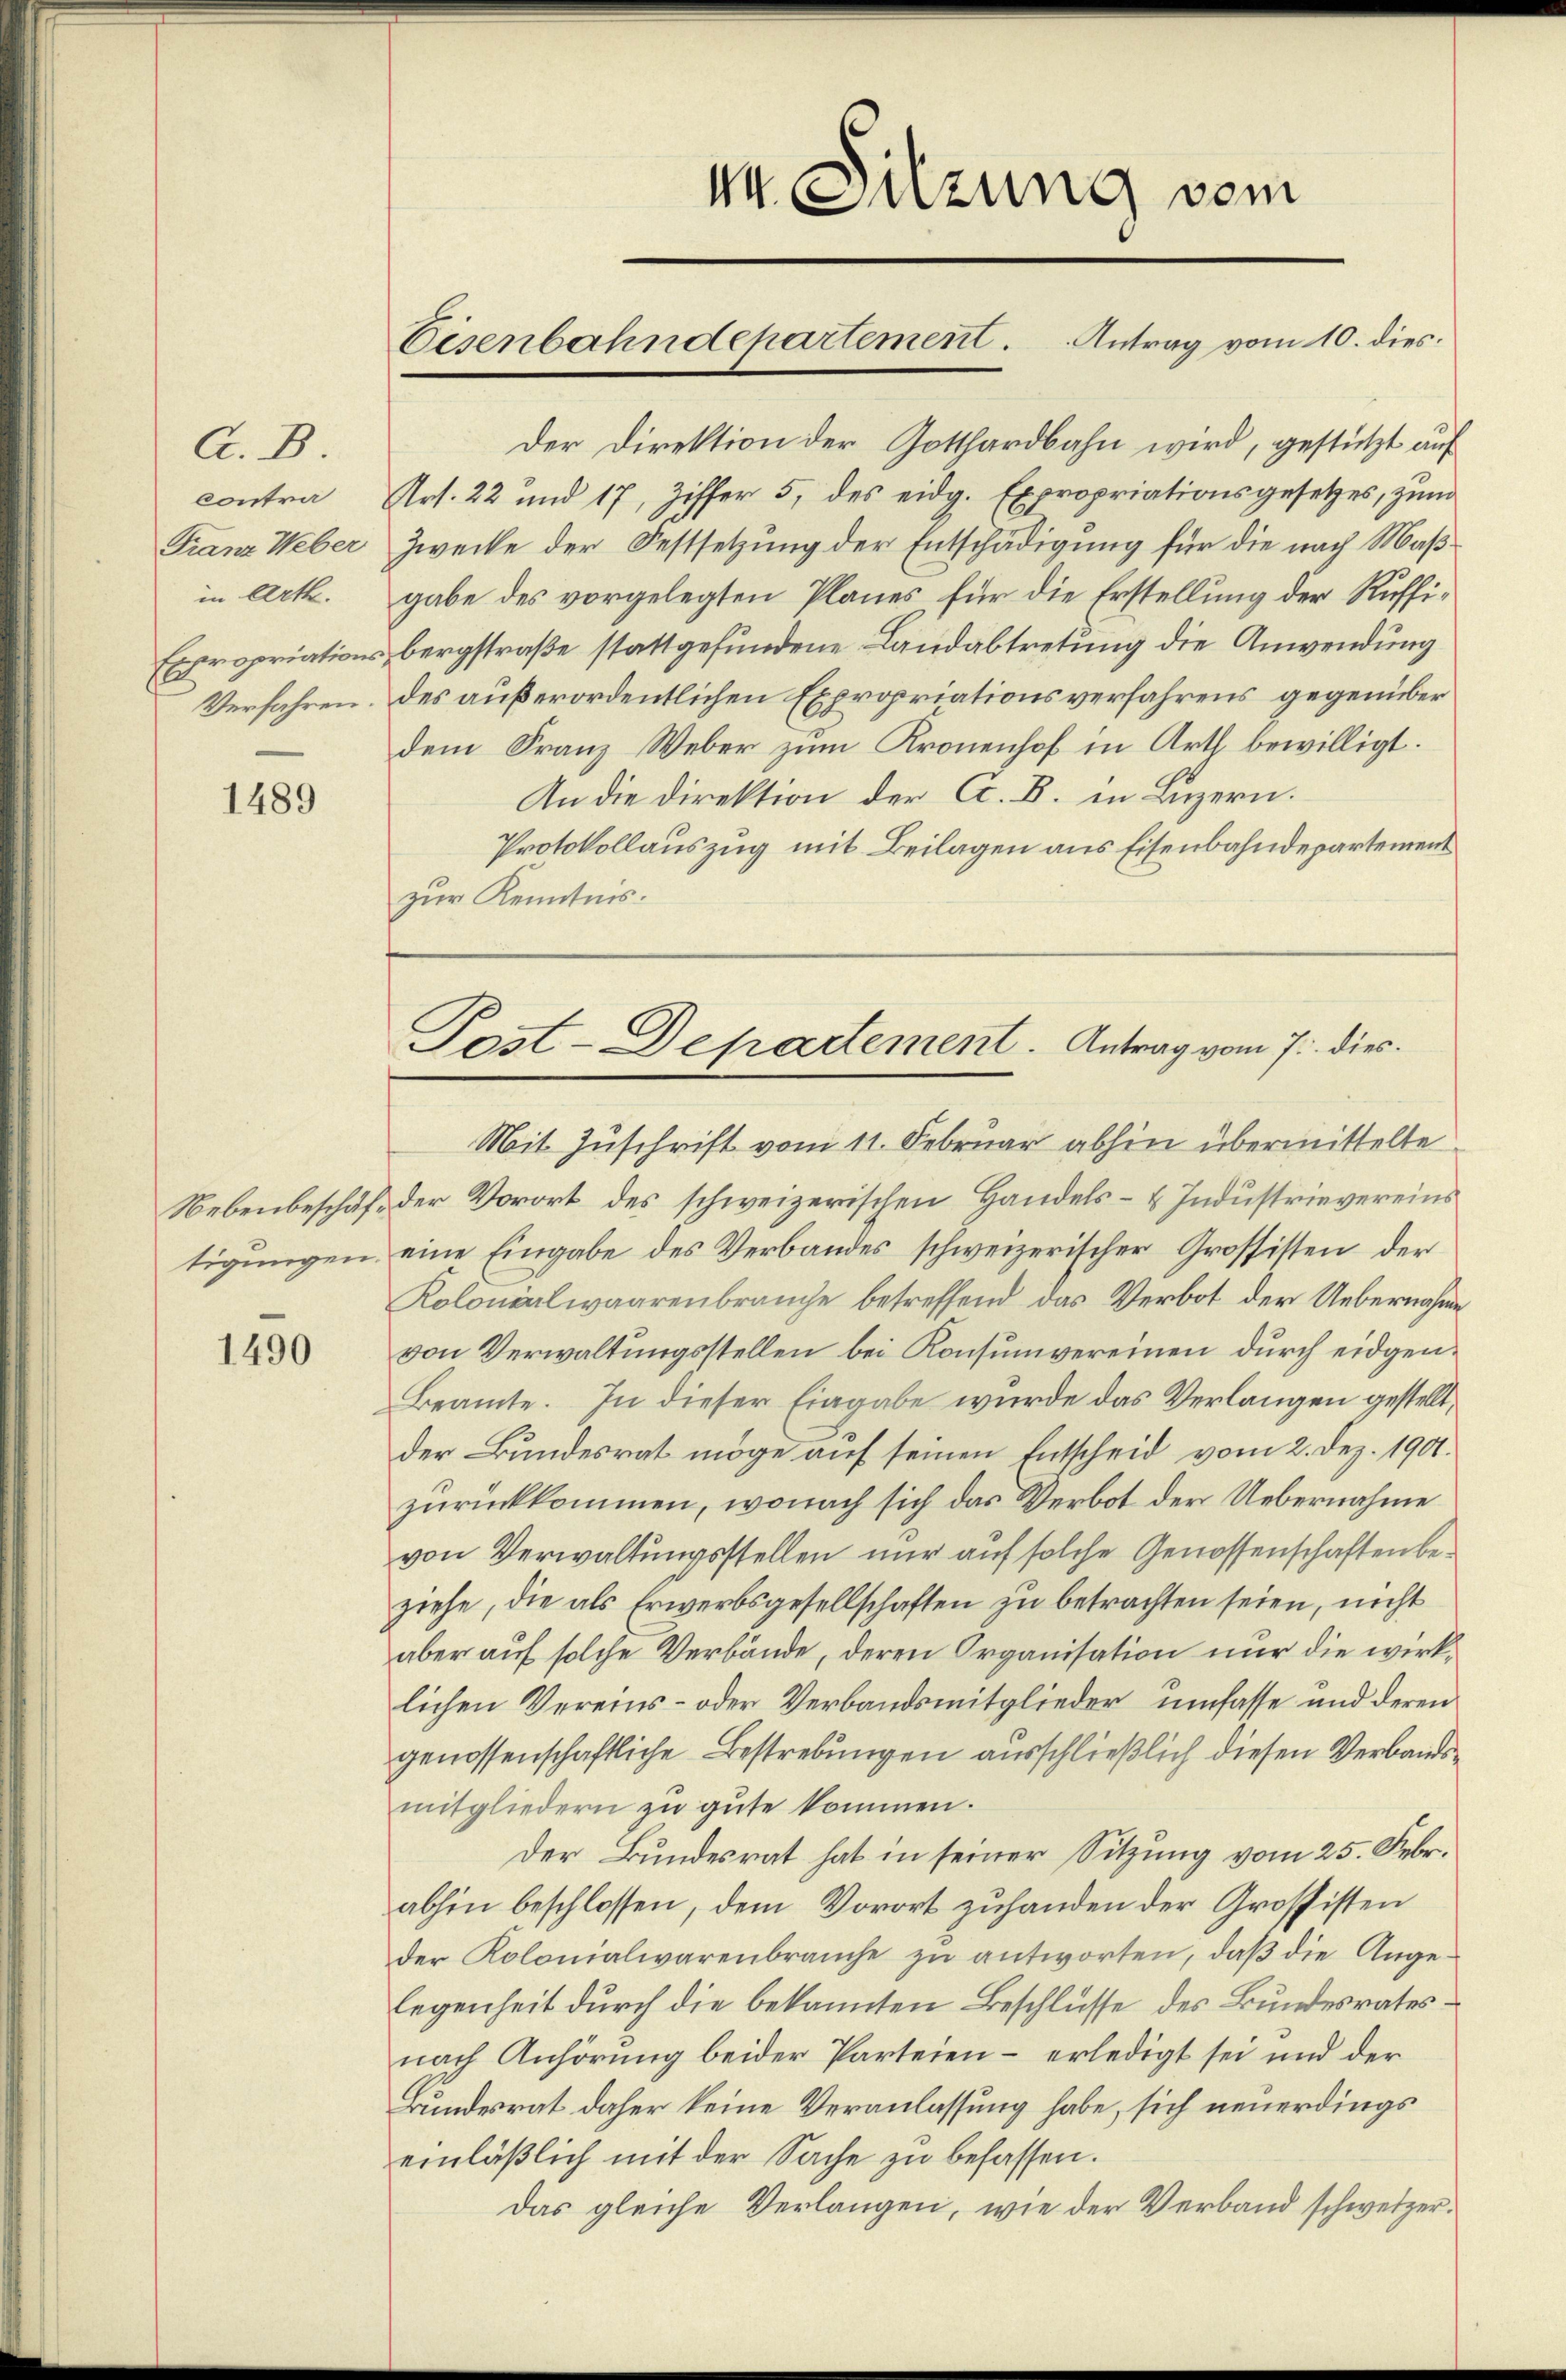
A. B.
contra
Franz Weber
in Art.
Verfahren.

1489

1490

n Sitzung vom

Eisenbahndepartement. Antrag vom 10. dies

Der Direktion der Gotthardbahn wird, gestützt auf
Urs. 22 und 17, Ziffer 5. des eidg. Expropriationsgesetzes, zum
Zwecke der Festsetzung der Entschädigung für die nach Maßgabe des vorgelegten Planes für die Erstellung der Ruffi¬
Expropriationsbergstraße stattgefundene Landabtretung die Anwendung
des außerordentlichen Expropriationsverfahrens gegenüberdem Franz Weber zum Kronenhof in Arth bewilligt.
An die Direktion der A. B. in Luzern.
Protokollauszug mit Beilagen aus Eisenbahndepartement
zur Kenntnis.

Post-Departement. Antrag vom 7. dies

Mit Zuschrift vom 11. Februar abhin übermittelte
Nebenbeschäft der Vorort des schweizerischen Handels- & Industrievereins
tigungen eine Eingabe des Verbandes schweizerischer Grossisten der
Kolonialwaarenbrauche betreffend das Verbot der Uebernahme
von Verwaltungsstellen bei Konsumvereinen durch eidgen¬
Beamte. In dieser Eingabe wurde das Verlangen gestellt,
der Bundesrat möge auf seinen Entscheid vom 2. Dez. 1901.
zurückkommen, wonach sich das Verbot der Uebernahme
von Verwaltungsstellen nur auf solche Genossenschaften beziehe, die als Erwerbsgesellschaften zu betrachten seien, nicht
aber auf solche Verbände, deren Organisation nur die wirklichen Vereins- oder Verbandsmitglieder umfasse und deren
genossenschaftliche Bestrebungen ausschließlich diesen Verbandsmitgliedern zu gute kommen.
Der Bundesrat hat in seiner Sitzung vom 25. Febr.
abhin beschlossen, dem Vorort zuhanden der Grossisten
der Kolonialwarenbrauche zu antworten, daß die Angelegenheit durch die bekannten Beschlüsse des Bundesratesnach Anhörung beider Parteien – erledigt sei und der
Bundesrat daher keine Veranlassung habe, sich neuerdings
einläßlich mit der Sache zu befassen.
Das gleiche Verlangen, wie der Verband schweizer¬